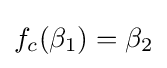
f_{c}(\beta _{1})=\beta _{2}